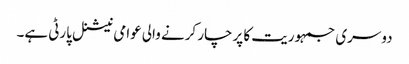
دوسری جمہوریت کا پرچار کرنے والی عوامی نیشنل پارٹی ہے۔